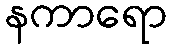
နကာရော